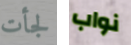
لجأت نواب